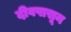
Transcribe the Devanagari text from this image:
दीवपासून